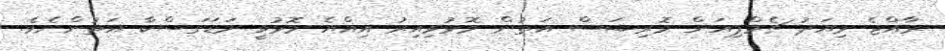
ރާއްޖެ މިއަދު ޗެމްޕިއަން މޮރިޝަސް އަތުން މޮޅުވިއިރު އިއްޔެ މޮޅުވީ މަޑަގަސްކާ އަތުންނެވެ.